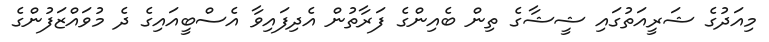
މިއަދުގެ ޝަރީއަތުގައި ޝީޝާގެ ތިން ބެއިންގެ ފަރާތުން އެދިފައިވާ އެސްބީއައިގެ ދެ މުވައްޒަފުންގެ